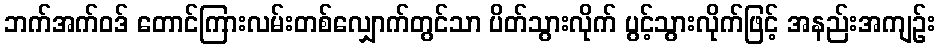
ဘက်အက်ဝဒ် တောင်ကြားလမ်းတစ်လျှောက်တွင်သာ ပိတ်သွားလိုက် ပွင့်သွားလိုက်ဖြင့် အနည်းအကျဉ်း